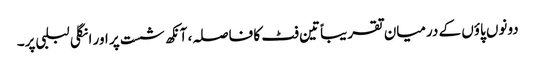
دونوں پاؤں کے درمیان تقریباً تین فٹ کا فاصلہ، آنکھ شست پر اور انگلی لبلبی پر۔